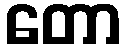
တော